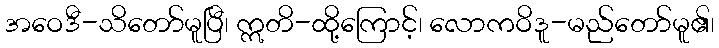
အဝေဒီ-သိတော်မူပြီ၊ ဣတိ-ထို့ကြောင့်၊ လောကဝိဒူ-မည်တော်မူ၏၊